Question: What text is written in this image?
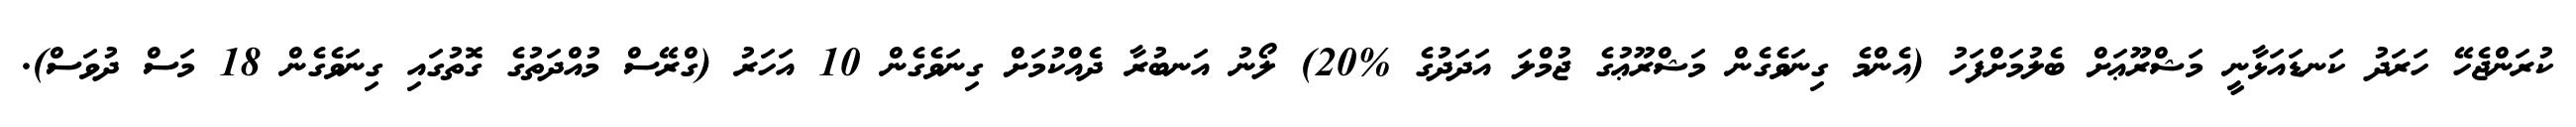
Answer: ކުރަންޖެހޭ ހަރަދު ކަނޑައަޅާނީ މަޝްރޫޢަށް ބެލުމަށްފަހު (އެންމެ ގިނަވެގެން މަޝްރޫޢުގެ ޖުމްލަ އަދަދުގެ %20) ލޯނު އަނބުރާ ދެއްކުމަށް ގިނަވެގެން 10 އަހަރު (ގްރޭސް މުއްދަތުގެ ގޮތުގައި ގިނަވެގެން 18 މަސް ދުވަސް).